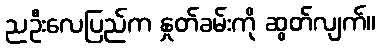
ညဦးလေပြည်က နှုတ်ခမ်းကို ဆွတ်လျက်။